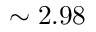
\sim 2 . 9 8